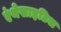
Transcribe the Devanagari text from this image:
एंथेसाइटिस